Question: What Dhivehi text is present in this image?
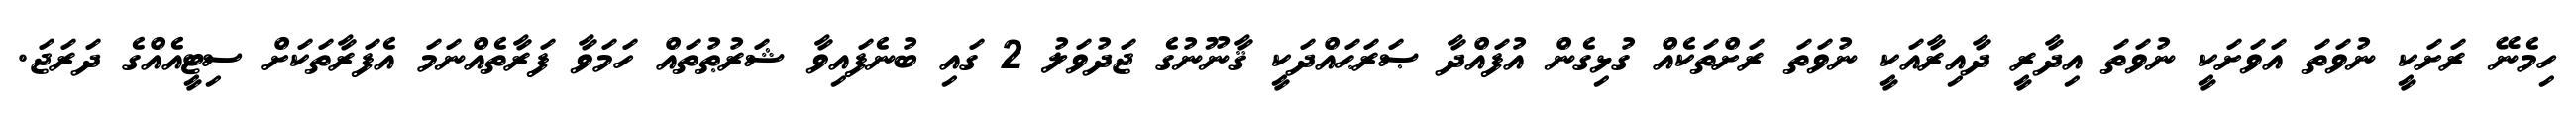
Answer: ހިމެނޭ ރަށަކީ ނުވަތަ އަވަށަކީ ނުވަތަ އިދާރީ ދާއިރާއަކީ ނުވަތަ ރަށްތަކެއް ގުޅިގެން އުފައްދާ ޞަރަޙައްދަކީ ޤާނޫނުގެ ޖަދުވަލު 2 ގައި ބުނެފައިވާ ޝަރުޠުތައް ހަމަވާ ފަރާތެއްނަމަ އެފަރާތަކަށް ސިޓީއެއްގެ ދަރަޖަ.